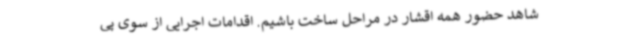
شاهد حضور همه اقشار در مراحل ساخت باشیم. اقدامات اجرایی از سوی پی